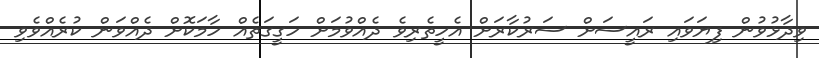
ވިދާޅުވުން ފިޔަވައި ރައީސަށް ސަރުކާރަށް އެހީތެރިވެ ދެއްވުމަށް ހަގީގަތެއް ހާމަކޮށް ދެއްވަން ކުރެއްވެވި